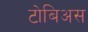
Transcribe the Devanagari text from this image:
टोबिअस